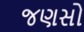
જણસો